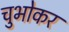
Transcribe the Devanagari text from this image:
चुभोकर